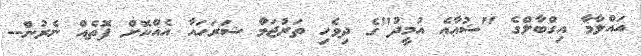
އައްލާމާ އިގްބާލްގެ "ޝުޢާޢެ އުމީދު"ގެ ދިވެހި ތަރުޖަމާ ޝަރަހައާ އެއްކޮށް ފޮތެއް ނެރުން--